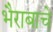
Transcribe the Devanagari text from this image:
भैराबाचे